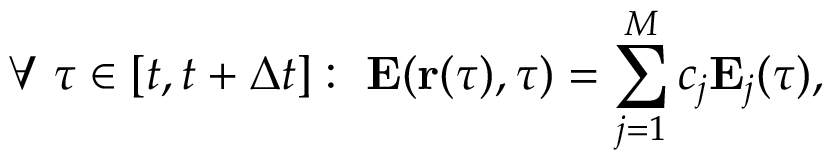
\forall \ \tau \in [ t , t + \Delta t ] : \ \mathbf { E } ( \mathbf { r } ( \tau ) , \tau ) = \sum _ { j = 1 } ^ { M } c _ { j } \mathbf { E } _ { j } ( \tau ) ,